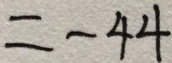
= - 4 4